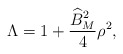
\begin{align*}\Lambda = 1+ \frac{\widehat{B}_M^2}{ 4} \rho^2 ,\end{align*}